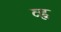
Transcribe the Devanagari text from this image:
व्ह्न